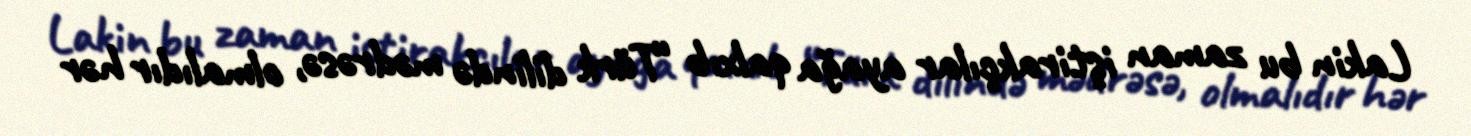
Lakin bu zaman iştirakçılar ayağa qalxıb “Türk dilində mədrəsə, olmalıdır hər